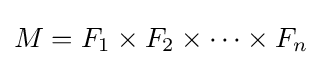
M=F_{1}\times F_{2}\times \cdots \times F_{n}